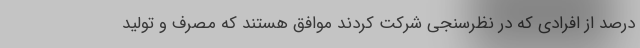
درصد از افرادی که در نظرسنجی شرکت کردند موافق هستند که مصرف و تولید